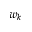
w _ { k }